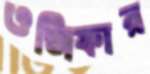
ওজিফার